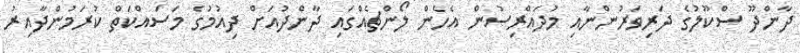
ދާންދޫ ސްކޫލުގެ ދަރިވަރުންނާއި މުދައްރިސުން އެހެން ލޯންޗެއްގައި ދާންދުއަށް ދިއުމުގެ މަސައްކަތް ކުރަމުންދާއިރު